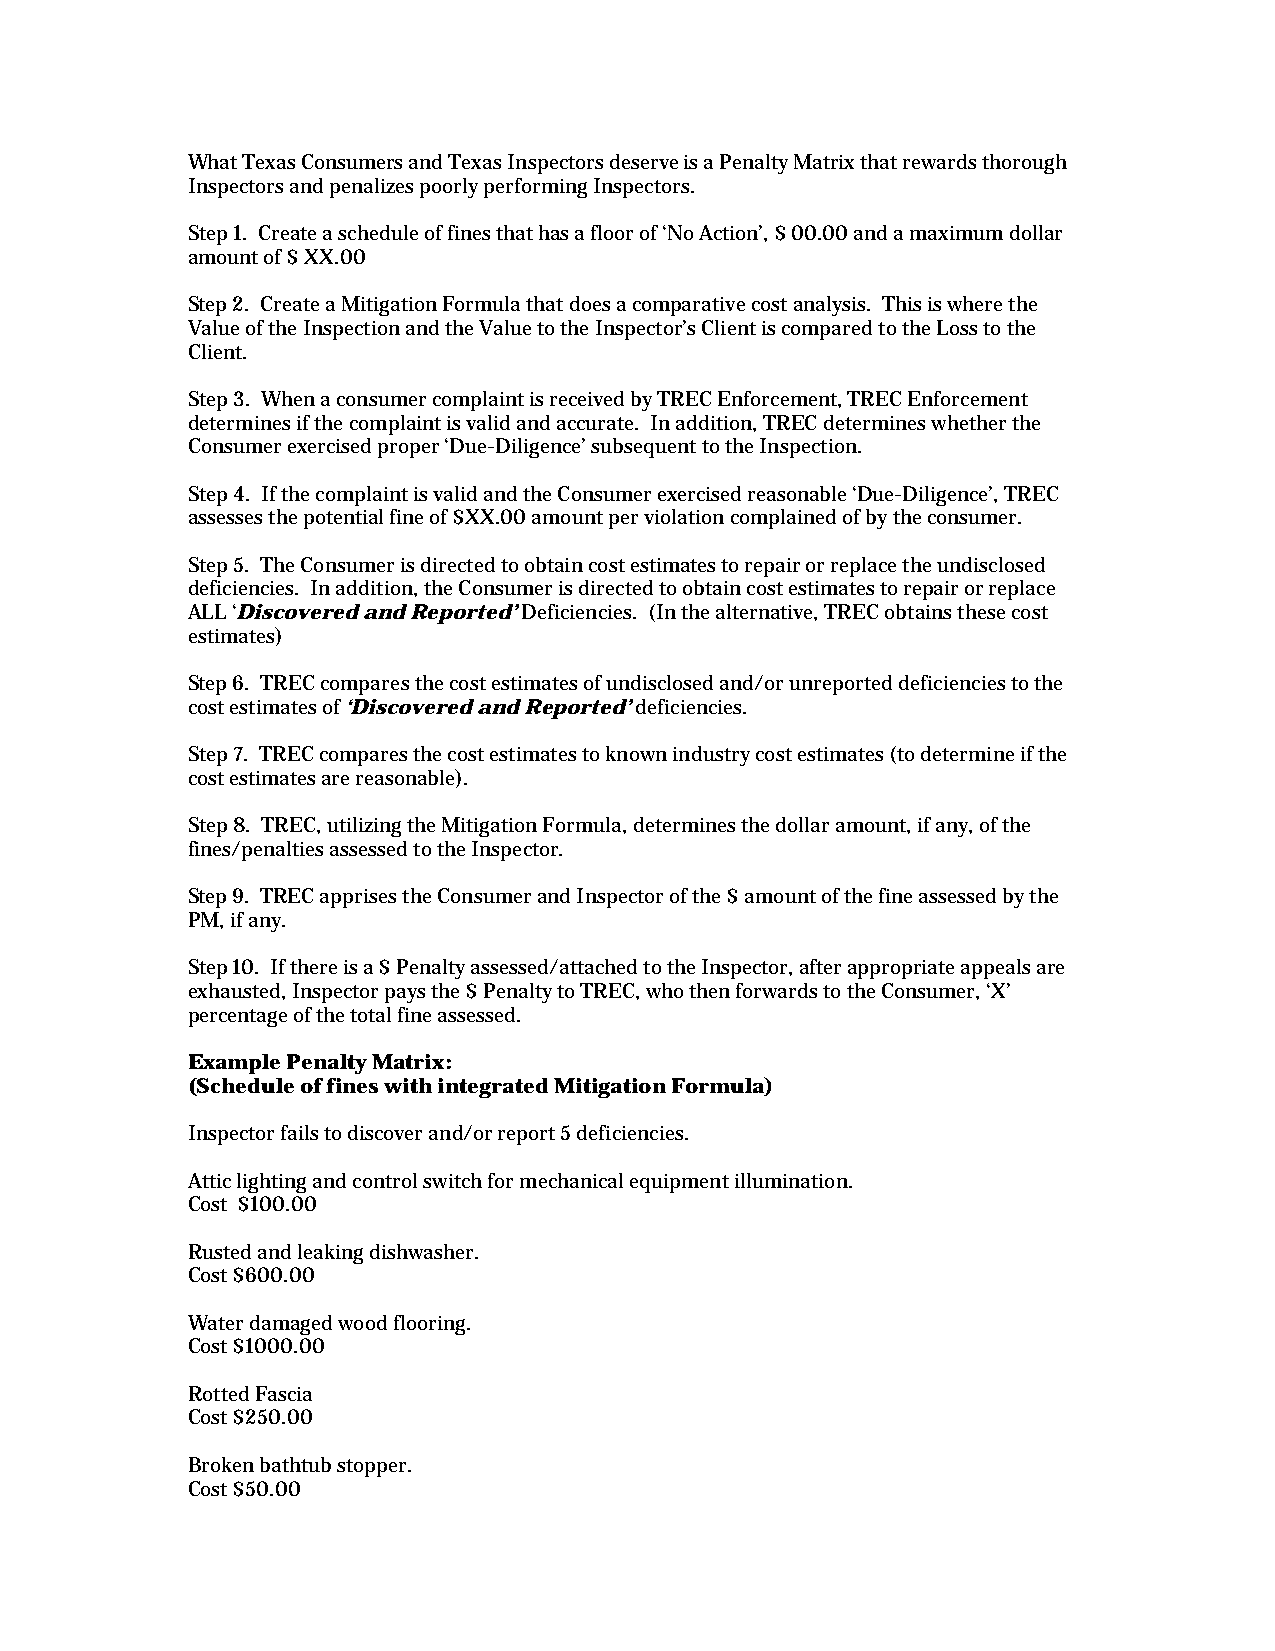
What Texas Consumers and Texas Inspectors deserve is a Penalty Matrix that rewards thorough
 Inspectors and penalizes poorly performing Inspectors.
 Step 1. Create a schedule of fines that has a floor of ‘No Action’, $ 00.00 and a maximum dollar
 amount of $ XX.00
 Step 2. Create a Mitigation Formula that does a comparative cost analysis. This is where the
 Value of the Inspection and the Value to the Inspector’s Client is compared to the Loss to the
 Client.
 Step 3. When a consumer complaint is received by TREC Enforcement, TREC Enforcement
 determines if the complaint is valid and accurate. In addition, TREC determines whether the
 Consumer exercised proper ‘Due-Diligence’ subsequent to the Inspection.
 Step 4. If the complaint is valid and the Consumer exercised reasonable ‘Due-Diligence’, TREC
 assesses the potential fine of $XX.00 amount per violation complained of by the consumer.
 Step 5. The Consumer is directed to obtain cost estimates to repair or replace the undisclosed
 deficiencies. In addition, the Consumer is directed to obtain cost estimates to repair or replace
 ALL ‘Discovered and Reported’ Deficiencies. (In the alternative, TREC obtains these cost
 estimates)
 Step 6. TREC compares the cost estimates of undisclosed and/or unreported deficiencies to the
 cost estimates of ‘Discovered and Reported’ deficiencies.
 Step 7. TREC compares the cost estimates to known industry cost estimates (to determine if the
 cost estimates are reasonable).
 Step 8. TREC, utilizing the Mitigation Formula, determines the dollar amount, if any, of the
 fines/penalties assessed to the Inspector.
 Step 9. TREC apprises the Consumer and Inspector of the $ amount of the fine assessed by the
 PM, if any.
 Step 10. If there is a $ Penalty assessed/attached to the Inspector, after appropriate appeals are
 exhausted, Inspector pays the $ Penalty to TREC, who then forwards to the Consumer, ‘X’
 percentage of the total fine assessed.
 Example Penalty Matrix:
 (Schedule of fines with integrated Mitigation Formula)
 Inspector fails to discover and/or report 5 deficiencies.
 Attic lighting and control switch for mechanical equipment illumination.
 Cost $100.00
 Rusted and leaking dishwasher.
 Cost $600.00
 Water damaged wood flooring.
 Cost $1000.00
 Rotted Fascia
 Cost $250.00
 Broken bathtub stopper.
 Cost $50.00